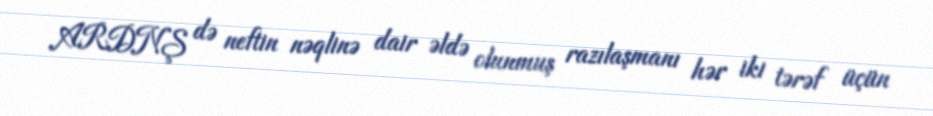
ARDNŞ də neftin nəqlinə dair əldə olunmuş razılaşmanı hər iki tərəf üçün